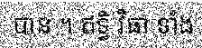
បាន ។ ឥទ្ធិ វិធា ទាំង